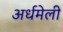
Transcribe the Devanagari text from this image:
अर्धमेली